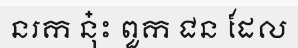
នរក នុ៎ះ ពួក ជន ដែល